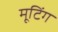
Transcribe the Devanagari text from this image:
मूटिंग